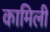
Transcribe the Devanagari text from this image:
कामिली